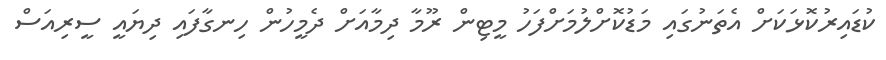
ކުޑައިރުކޮޅަކަށް އެތަނުގައި މަޑުކޮށްލުމަށްފަހު މީޓިން ރޫމާ ދިމާއަށް ދެމީހުން ހިނގާފައި ދިޔައީ ސީރިއަސް